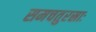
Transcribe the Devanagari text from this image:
समचतुरस्राः